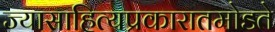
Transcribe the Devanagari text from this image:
ज्यासाहित्यप्रकारातमोडते